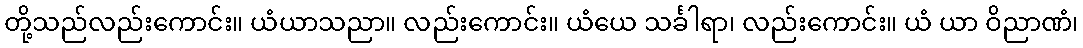
တို့သည်လည်းကောင်း။ ယံယာသညာ။ လည်းကောင်း။ ယံယေ သင်္ခါရာ၊ လည်းကောင်း။ ယံ ယာ ဝိညာဏံ၊